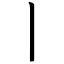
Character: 丨